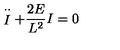
\stackrel { \cdot \cdot } { I } + \frac { 2 E } { L ^ { 2 } } I = 0